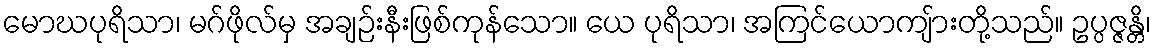
မောဃပုရိသာ၊ မဂ်ဖိုလ်မှ အချဉ်းနီးဖြစ်ကုန်သော။ ယေ ပုရိသာ၊ အကြင်ယောကျ်ားတို့သည်။ ဥပ္ပဇ္ဇန္တိ၊